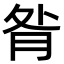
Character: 𦚅